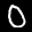
Label: 0